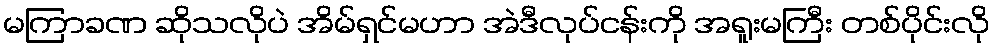
မကြာခဏ ဆိုသလိုပဲ အိမ်ရှင်မဟာ အဲဒီလုပ်ငန်းကို အရူးမကြီး တစ်ပိုင်းလို